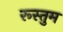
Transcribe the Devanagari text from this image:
रूस्तुम